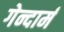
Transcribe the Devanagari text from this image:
गेन्दार्म